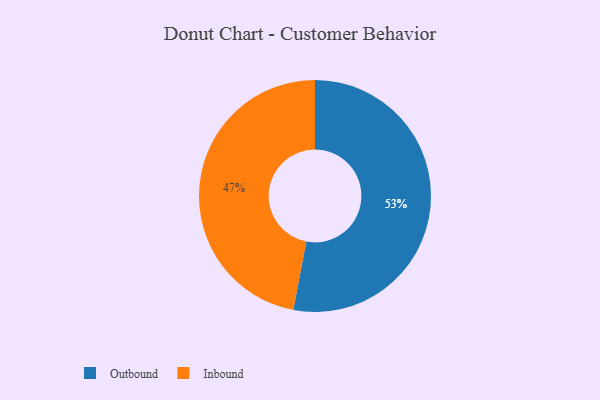
{"axis": {"x": "Category", "y": "Percentage"}, "legend": ["Inbound", "Outbound"], "data": [{"x": "Inbound", "y": 47, "type": "Inbound"}, {"x": "Outbound", "y": 53, "type": "Outbound"}]}